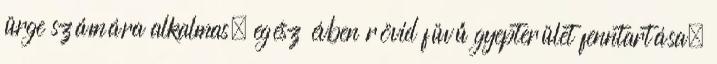
ürge számára alkalmas, egész évben rövid füvű gyepterület fenntartása;